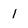
Character: 1